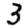
Digit: 3